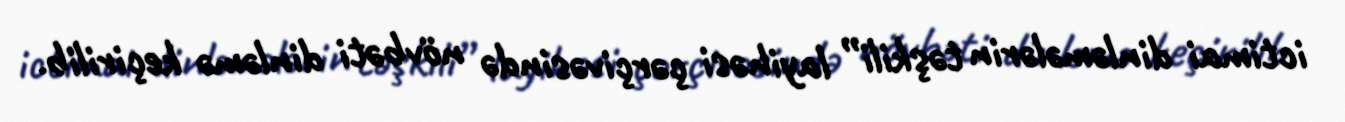
ictimai dinləmələrin təşkili” layihəsi çərçivəsində növbəti dinləmə keçirilib.